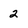
Character: 2